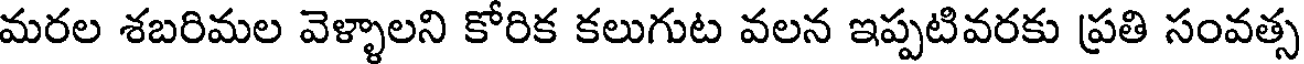
మరల శబరిమల వెళ్ళాలని కోరిక కలుగుట వలన ఇప్పటివరకు ప్రతి సంవత్స